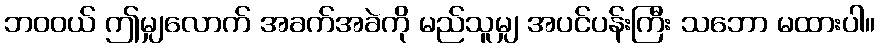
ဘဝဝယ် ဤမျှလောက် အခက်အခဲကို မည်သူမျှ အပင်ပန်းကြီး သဘော မထားပါ။